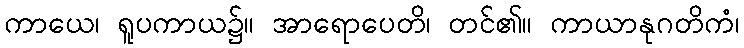
ကာယေ၊ ရူပကာယ၌။ အာရောပေတိ၊ တင်၏။ ကာယာနုဂတိကံ၊